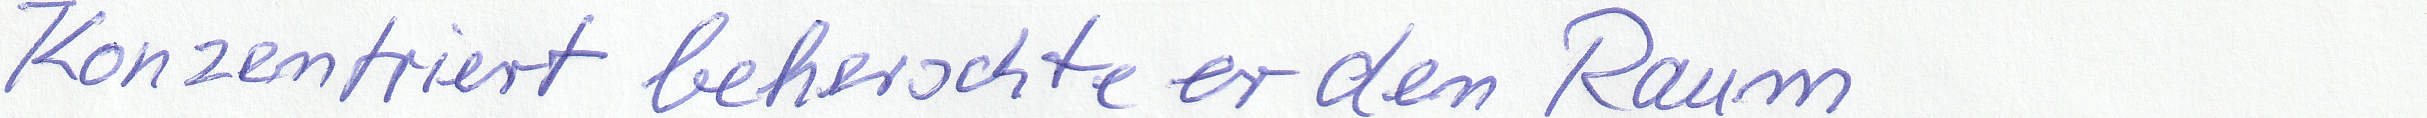
Konzentriert beherschte er den Raum